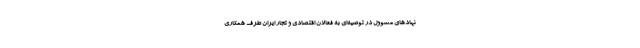
نهادهای مسوول در توصیه‌ای به فعالان اقتصادی و تجار ایران طرف همکاری